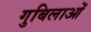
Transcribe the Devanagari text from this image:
गुबिलाओं